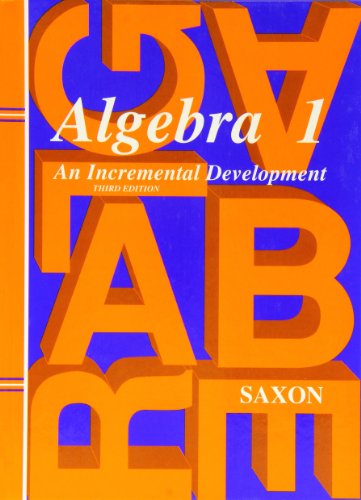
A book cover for Algebra 1: An Incremental Development, 3rd Edition  (Saxon Algebra 1); John H. Saxon Jr.; Science & Math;